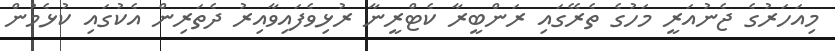
މިއަހަރުގެ ޖެނުއަރީ މަަހުގެ ތެރޭގައި ރަންބީރާ ކެޓްރީނާ ރުޅިވެފައިވާއިރު ދެތަރިން އެކުގައި ކުޅެމުން